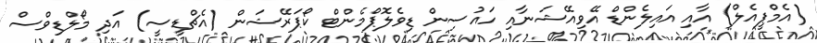
(އެމްޕީއެލް) އާއި އައިލެންޑް އޭވިއޭޝަނާއި ހައުސިން ޑިވެލޮޕްމެންޓް ކޯޕަރޭޝަން (އެޗްޑީސީ) އަދި މޯލްޑިވްސް